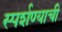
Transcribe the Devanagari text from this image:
स्पर्शण्याची